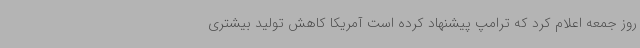
روز جمعه اعلام کرد که ترامپ پیشنهاد کرده است آمریکا کاهش تولید بیشتری